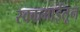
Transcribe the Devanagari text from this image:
स्वकमाईतून